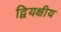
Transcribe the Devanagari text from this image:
द्वियक्षीय